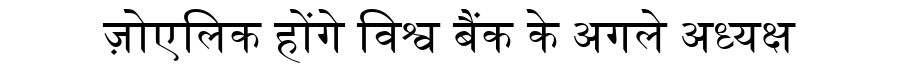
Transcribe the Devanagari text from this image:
ज़ोएलिक होंगे विश्व बैंक के अगले अध्यक्ष